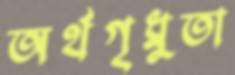
অর্থগৃধ্নুতা